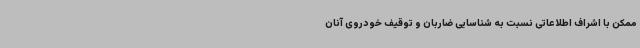
ممکن با اشراف اطلاعاتی نسبت به شناسایی ضاربان و توقیف خودروی آنان